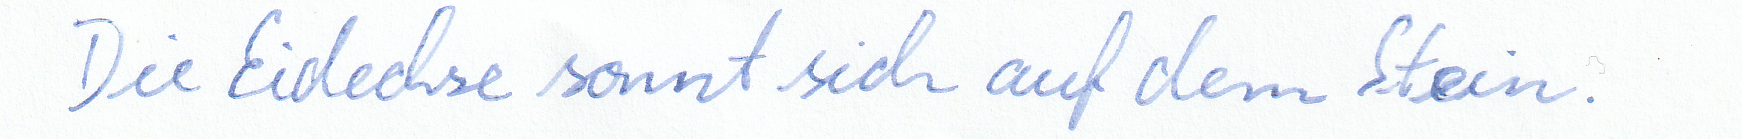
Die Eidechse sonnt sich auf dem Stein.